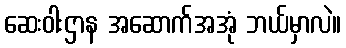
ဆေးဝါးဌာန အဆောက်အအုံ ဘယ်မှာလဲ။